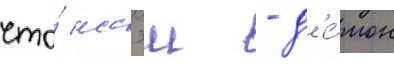
что́ иссэи - д'е́мон